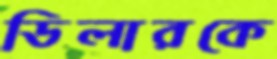
ডিলারকে